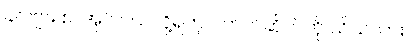
ခင်ဗျား စာအုပ် ဝယ်လို့ရတဲ့ ဝက်ဘ်ဆိုက်ကို သိသလား။